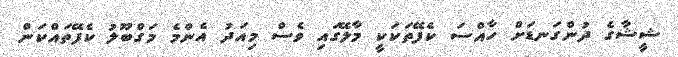
ޝީޝާގެ ދުންގަނޑަށް ހާއްސަ ކެފޭތަކަކީ މާލޭގައި ވެސް މިއަދު އެންމެ މަގްބޫލު ކެފޭތައްކަން